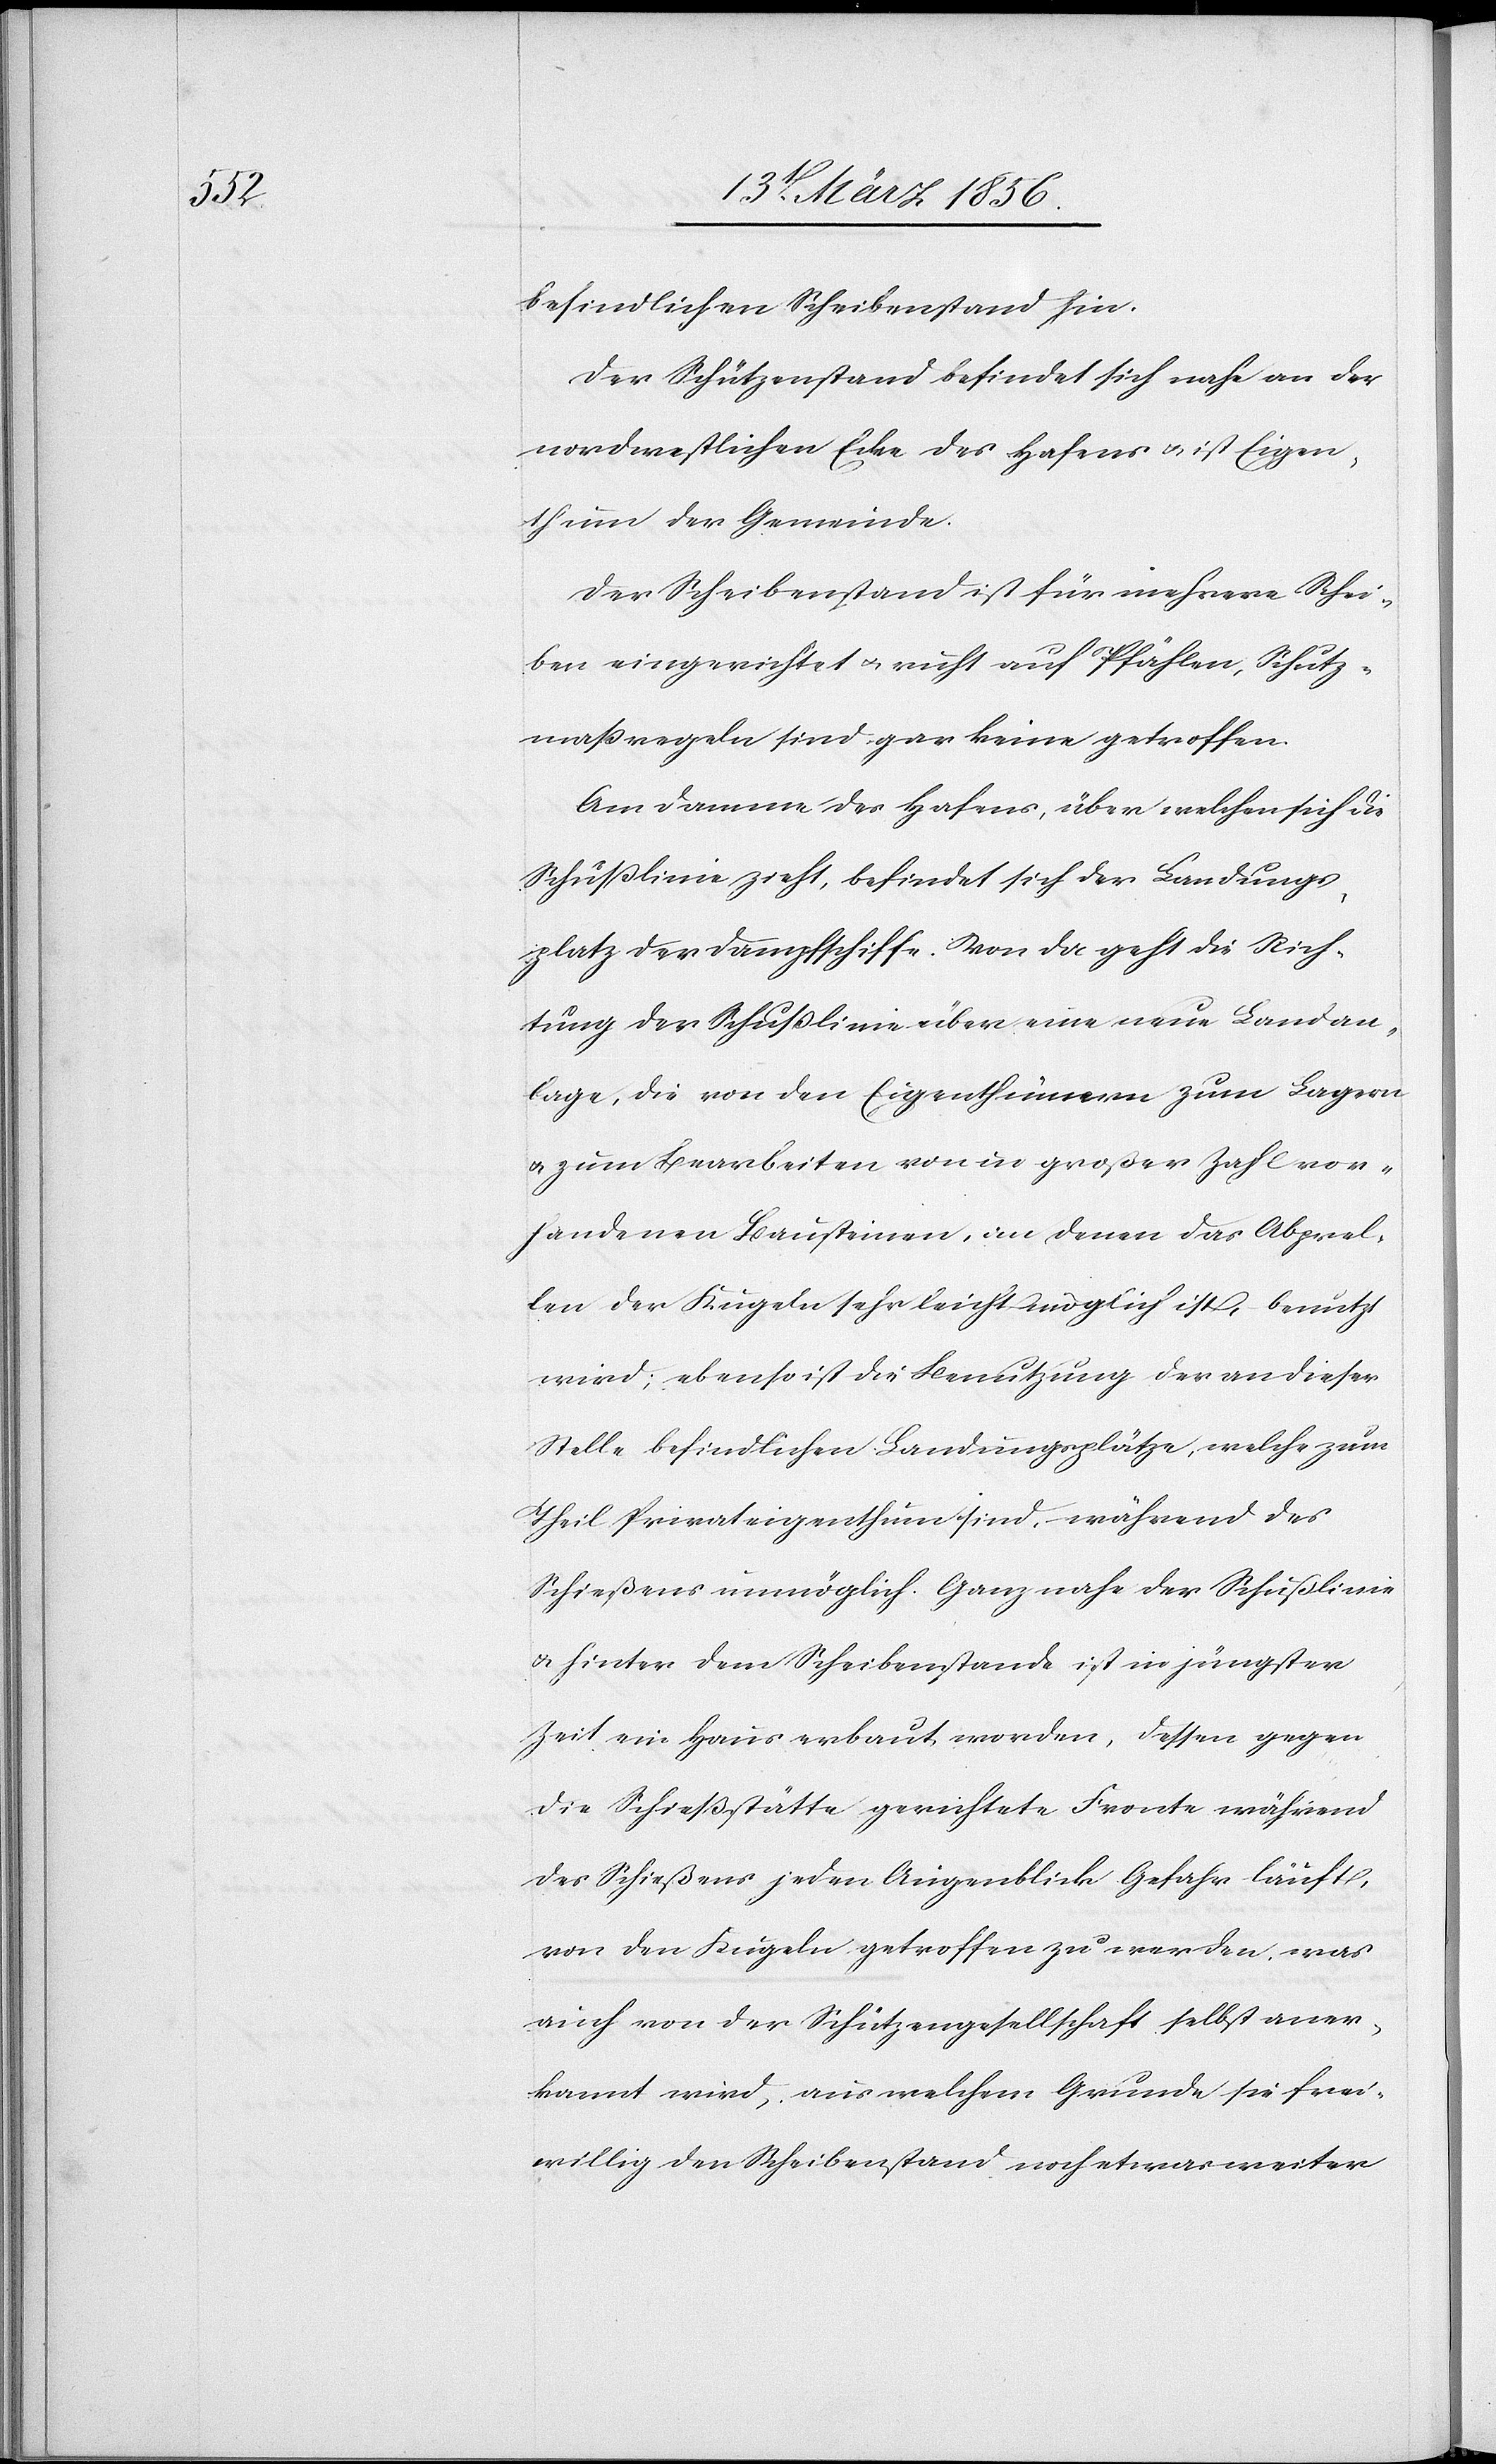
befindlichen Scheibenstand hin.
Der Schützenstand befindet sich nahe an der
nordwestlichen Ecke des Hafens u. ist Eigen¬
thum der Gemeinde.
Der Scheibenstand ist für mehrere Schei¬
ben eingerichtet u. ruht auf Pfählen, Schutz¬
maßregeln sind gar keine getroffen.
Am Damme des Hafens, über welchen sich die
Schußlinie zieht, befindet sich der Landungs¬
platz der Dampfschiffe. Von da geht die Rich¬
tung der Schußlinie über eine neue Landan¬
lage, die von den Eigenthümern zum Lagern
u. zum Bearbeiten von in großer Zahl vor¬
handenen Bausteinen, an denen das Abprel¬
len der Kugeln sehr leicht möglich ist, benutzt
wird; ebenso ist die Benutzung der an dieser
Stelle befindlichen Landungsplätze, welche zum
Theil Privateigenthum sind, während des
Schießens unmöglich. Ganz nahe der Schußlinie
& hinter dem Scheibenstand ist in jüngster
Zeit ein Haus erbaut worden, dessen gegen
die Schießstätte gerichtete Fronte während
des Schießens jeden Augenblick Gefahr läuft,
von den Kugeln getroffen zu werden, was
auch von der Schützengesellschaft selbst aner¬
kannt wird, aus welchem Grunde sie frei¬
willig den Scheibenstand noch etwas weiter